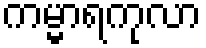
ကမ္မာရကုလာ